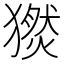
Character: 𤢅